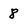
Character: 8